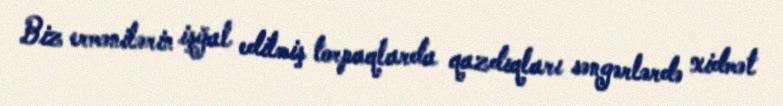
Biz ermənilərin işğal edilmiş torpaqlarda qazdıqları səngərlərdə xidmət